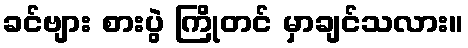
ခင်ဗျား စားပွဲ ကြိုတင် မှာချင်သလား။